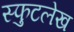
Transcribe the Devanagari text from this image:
स्फुटलेख